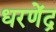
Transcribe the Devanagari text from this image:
धरणेंद्र